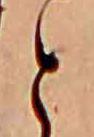
と